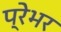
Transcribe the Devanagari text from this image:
प्रेभर